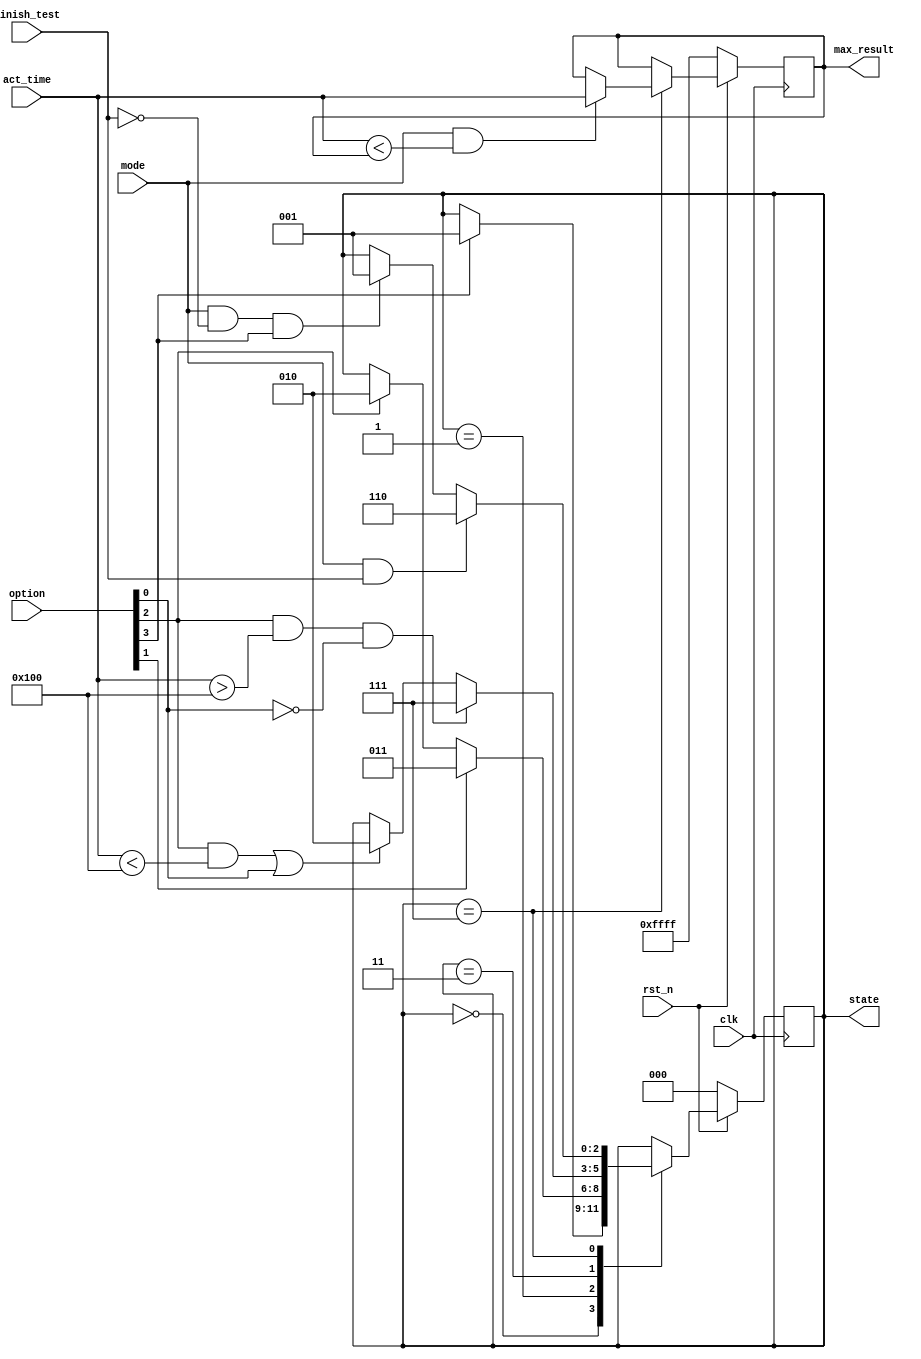
module fsm (
    input [3:0] option,//{start,react,get_rand,time_out}
    input [15:0] act_time,//
    input clk,
    input mode,//01zfail
    input finish_test,//
    input rst_n,//
    output reg [2:0] state,//
    output reg [15:0]max_result//
);

//S0
//S1start----
//S3||||
//S2fail
//S4
//S5
parameter S0 = 3'b000, S1 = 3'b001, S2 = 3'b010, S3 = 3'b011, S4 = 3'b111, S5 = 3'b110;

always @(posedge clk) begin
if(rst_n == 1'b0) begin
    state <= S0;//S0
    max_result <= 16'b1111111111111111;
end
else begin
    case(state)
    S0:
    begin
        if(option[3]) begin
            state <= S1;
        end
        else begin
            state <= state;
        end
    end
    S1:
    begin
        if(option[1]) begin//
        state <= S3;
        end
        else if(option[2]) begin//
        state <= S2;
        end
        else begin
        state <= state;//S0
        end
    end
    S3:
    begin
        //100
        if(((option[2] == 1'b1) && (act_time > 16'd256)) && (option[0] == 1'b0)) begin
            state <= S4;
        end
        //100  
        else if(((option[2] == 1'b1) && (act_time < 16'd256)) || (option[0] == 1'b1)) begin
            state <= S2;
        end
        else begin
            state <= state;//
        end
    end
    S4:
    begin
        if((mode == 1'b1) && (act_time < max_result)) begin
            max_result <= act_time;
        end
        else begin
            max_result <= max_result;
        end
        
        if(mode && (finish_test == 1'b1)) begin
            state <= S5;
        end
        else if(mode && (finish_test == 1'b0) && (option[3] == 1'b1)) begin
            state <= S1;
        end
        else begin
            state <= state;
        end
    end
    default: 
    begin
        state <= state;
    end
    endcase
end
end
endmodule //fsm